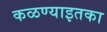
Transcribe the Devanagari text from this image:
कळण्याइतका